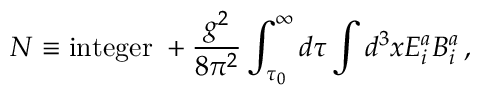
N \equiv \mathrm { i n t e g e r } \; + \frac { g ^ { 2 } } { 8 \pi ^ { 2 } } \int _ { \tau _ { 0 } } ^ { \infty } d \tau \int d ^ { 3 } x E _ { i } ^ { a } B _ { i } ^ { a } \, ,